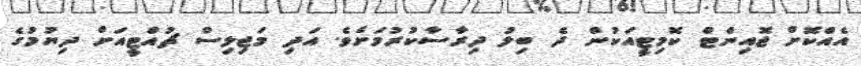
އެއްކޮށް ޖޮއިންޓް ކޮމިޓީއަކުން ދެ ބިލު ދިރާސާކުރުމަށެވެ. އަދި މަޖިލިސް ޗުއްޓީއަށް ދިޔުމުގެ